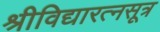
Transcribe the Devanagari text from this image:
श्रीविद्यारत्नसूत्र